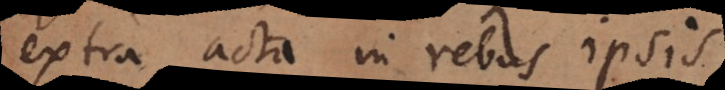
extra acta in rebus ipsis.